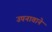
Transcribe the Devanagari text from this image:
उपनावाने